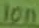
Text: 10n